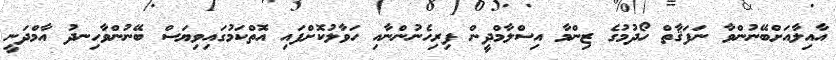
އާއިލާއަށްބޭނުންވާ ނަފަޤާތް ހޯދުމުގެ ޒިންމާ އިސްލާމްދީން ފިރިހެނުންނާއި ހަވާލުކޮށްފައި އޮތްކަމުގައިވިޔަސް ބޭނުންވާހިނދު އާމްދަނީ